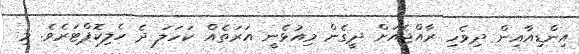
އިންޑިއާއިން ދިވެހި ރާއްޖެއަށް ދީގެން މިއުޅެނީ އަރަތެއް ކަހަލަ ދެ ހެލިކޮޕްޓަރެވެ. މި